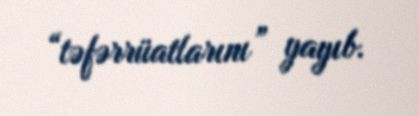
“təfərrüatlarını” yayıb.